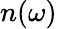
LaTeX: n(\omega)